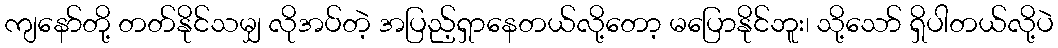
ကျနော်တို့ တတ်နိုင်သမျှ လိုအပ်တဲ့ အပြည့်ရှာနေတယ်လို့တော့ မပြောနိုင်ဘူး၊ သို့သော် ရှိပါတယ်လို့ပဲ